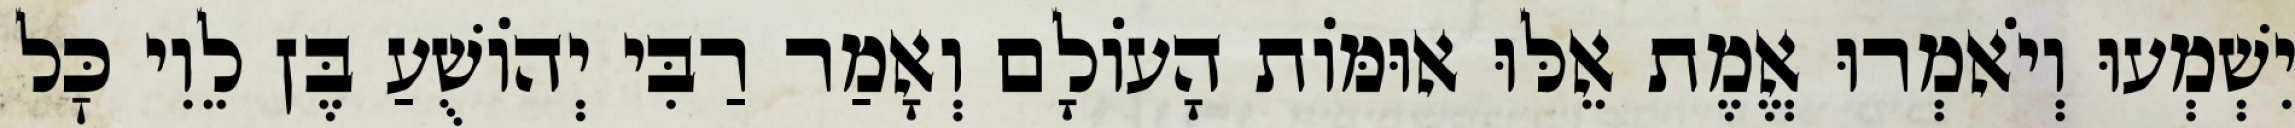
יִשְׁמְעוּ וְיֹאמְרוּ אֱמֶת אֵלּוּ אוּמּוֹת הָעוֹלָם וְאָמַר רַבִּי יְהוֹשֻׁעַ בֶּן לֵוִי כׇּל